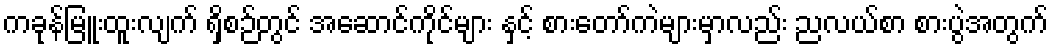
ကခုန်မြူးထူးလျက် ရှိစဉ်တွင် အဆောင်ကိုင်များ နှင့် စားတော်ကဲများမှာလည်း ညလယ်စာ စားပွဲအတွက်